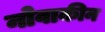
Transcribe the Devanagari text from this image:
नोवाकीन